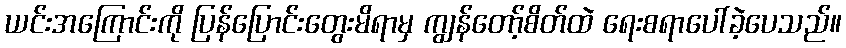
ယင်းအကြောင်းကို ပြန်ပြောင်းတွေးမိရာမှ ကျွန်တော့်စိတ်ထဲ ရေးစရာပေါ်ခဲ့ပေသည်။